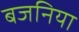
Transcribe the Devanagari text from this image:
बजनिया